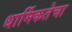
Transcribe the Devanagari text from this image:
धार्मिकतेचा